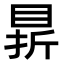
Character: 䁀